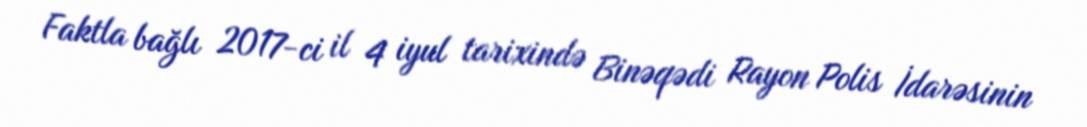
Faktla bağlı 2017-ci il 4 iyul tarixində Binəqədi Rayon Polis İdarəsinin